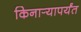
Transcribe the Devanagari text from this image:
किनार्‍यापर्यंत